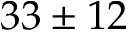
3 3 \pm 1 2